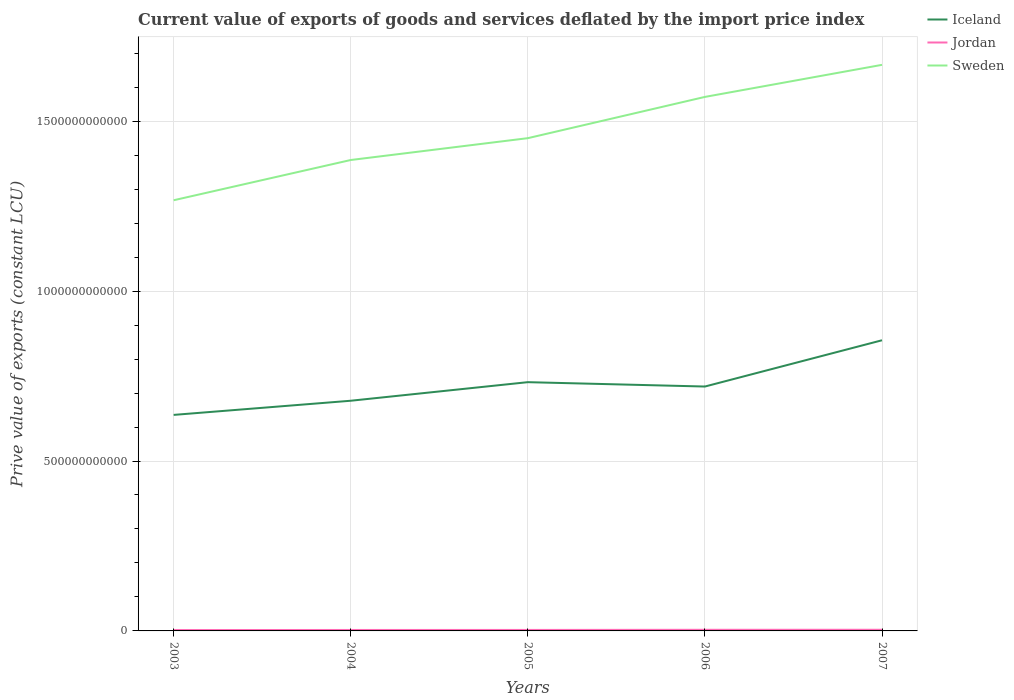
| Years | Iceland | Jordan | Sweden |
 | --- | --- | --- | --- |
 | 2003 | 6.36e+11 | 2.56e+09 | 1.27e+12 |
 | 2004 | 6.77e+11 | 2.82e+09 | 1.39e+12 |
 | 2005 | 7.32e+11 | 2.92e+09 | 1.45e+12 |
 | 2006 | 7.19e+11 | 3.31e+09 | 1.57e+12 |
 | 2007 | 8.55e+11 | 3.39e+09 | 1.67e+12 |